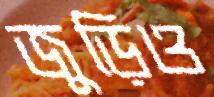
জুড়িও